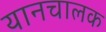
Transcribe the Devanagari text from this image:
यानचालक